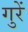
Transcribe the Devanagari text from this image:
गुरें